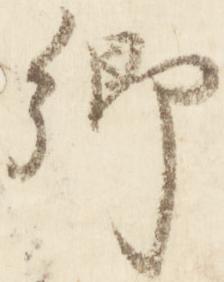
卿